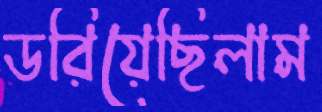
ডরিয়েছিলাম